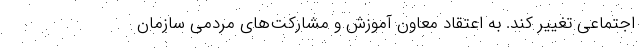
اجتماعی تغییر کند. به اعتقاد معاون آموزش و مشارکت‌های مردمی سازمان